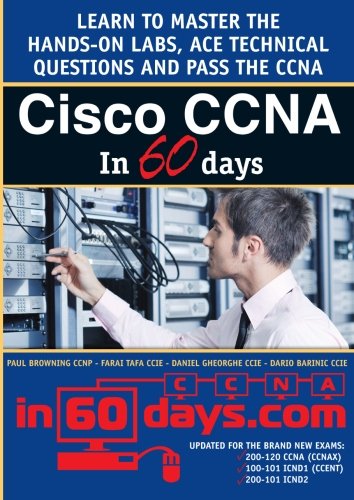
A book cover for Cisco CCNA in 60 Days; Paul William Browning; Computers & Technology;